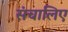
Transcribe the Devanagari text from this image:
संचालिए